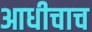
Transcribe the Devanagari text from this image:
आधीचाच